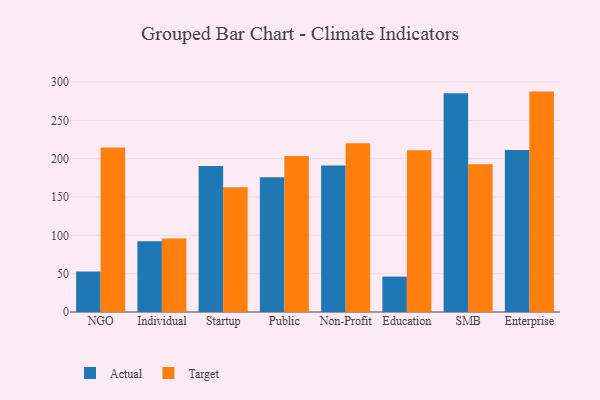
{"axis": {"x": "Segment", "y": "Energy Usage (MWh)"}, "legend": ["Actual", "Target"], "data": [{"x": "NGO", "y": 52.7, "type": "Actual"}, {"x": "NGO", "y": 214.7, "type": "Target"}, {"x": "Individual", "y": 92.2, "type": "Actual"}, {"x": "Individual", "y": 96.0, "type": "Target"}, {"x": "Startup", "y": 190.3, "type": "Actual"}, {"x": "Startup", "y": 162.6, "type": "Target"}, {"x": "Public", "y": 175.9, "type": "Actual"}, {"x": "Public", "y": 203.6, "type": "Target"}, {"x": "Non-Profit", "y": 191.2, "type": "Actual"}, {"x": "Non-Profit", "y": 220.0, "type": "Target"}, {"x": "Education", "y": 46.2, "type": "Actual"}, {"x": "Education", "y": 210.9, "type": "Target"}, {"x": "SMB", "y": 285.5, "type": "Actual"}, {"x": "SMB", "y": 192.7, "type": "Target"}, {"x": "Enterprise", "y": 211.4, "type": "Actual"}, {"x": "Enterprise", "y": 287.5, "type": "Target"}]}